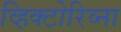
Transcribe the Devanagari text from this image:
व्हिक्टोरिव्ना